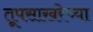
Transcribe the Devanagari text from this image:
तूपसाखरेच्या